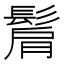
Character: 𩭠